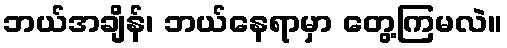
ဘယ်အချိန်၊ ဘယ်နေရာမှာ တွေ့ကြမလဲ။